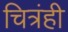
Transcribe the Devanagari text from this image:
चित्रंही